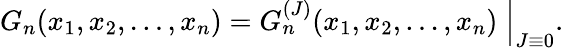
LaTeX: G_{n}(x_{1},x_{2},\dots,x_{n})=G_{n}^{(J)}(x_{1},x_{2},\dots,x_{n})\Bigm|_{J\equiv 0}.